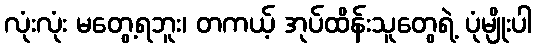
လုံးလုံး မတွေ့ရဘူး၊ တကယ့် အုပ်ထိန်းသူတွေရဲ့ ပုံမျိုးပါ